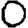
Digit: 0